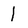
Character: 1